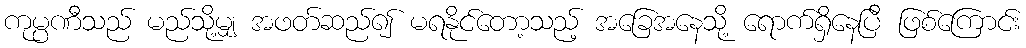
ကုမ္ပဏီသည် မည်သို့မျှ အဖတ်ဆည်၍ မရနိုင်တော့သည့် အခြေအနေသို့ ရောက်ရှိနေပြီ ဖြစ်ကြောင်း